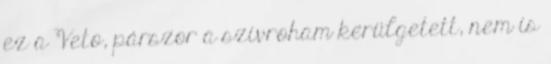
ez a Veto, párszor a szívroham kerülgetett, nem is